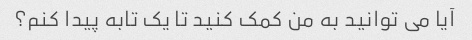
آیا می توانید به من کمک کنید تا یک تابه پیدا کنم؟